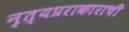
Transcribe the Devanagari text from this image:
नृत्यप्रराकाराची